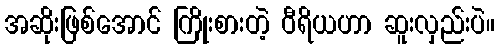
အဆိုးဖြစ်အောင် ကြိုးစားတဲ့ ဝီရိယဟာ ဆူးလှည်းပဲ။